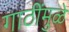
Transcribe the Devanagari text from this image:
गाठींमुळे